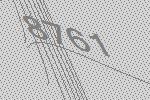
8761